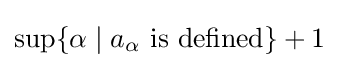
\sup\{\alpha \mid a_{\alpha }{\text{ is defined}}\}+1